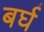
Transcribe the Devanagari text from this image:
बर्घ